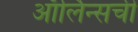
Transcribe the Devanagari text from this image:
ऑर्लिन्सची